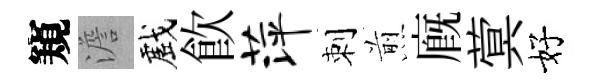
窺澹戲飮萍刺煎廐蓂好